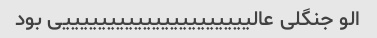
الو جنگلی عالیییییییییییییییییییییی بود